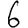
Digit: 6